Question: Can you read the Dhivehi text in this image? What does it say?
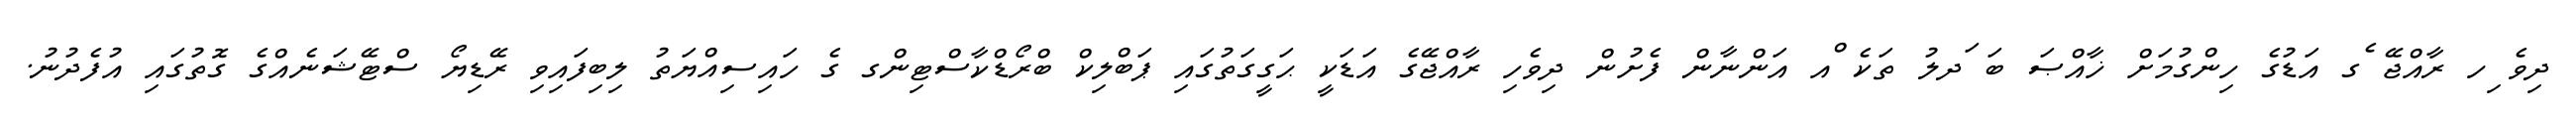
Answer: ދިވެ ިހ ރާއްޖޭ ެގ އަޑުގެ ހިންގުމަށް ޚާއްޞަ ބަ ަދލު ތަކެ ްއ އަންނާން ފެށުން ދިވެހި ރާއްޖޭގެ އަޑަކީ ޙަގީގަތުގައި ޕަބްލިކް ބްރޯޑްކާސްޓިންގ ގެ ހައިސިއްޔަތު ލިބިފައިވި ރޭޑިޔޯ ސްޓޭޝަނެއްގެ ގޮތުގައި އުފެދުނު.